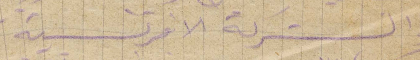
والشركة الافرنسية